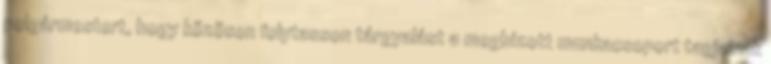
polgármestert, hogy közösen folytasson tárgyalást a megbízott munkacsoport tagjainak